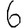
Digit: 6